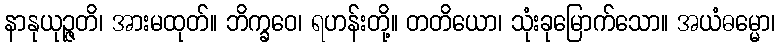
နာနုယုဉ္ဇတိ၊ အားမထုတ်။ ဘိက္ခဝေ၊ ရဟန်းတို့။ တတိယော၊ သုံးခုမြောက်သော။ အယံဓမ္မော၊